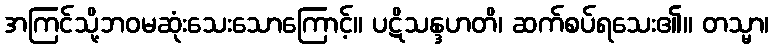
အကြင်သို့ဘဝမဆုံးသေးသောကြောင့်။ ပဋိသန္ဒဟတိ၊ ဆက်စပ်ရသေး၏။ တသ္မာ၊